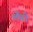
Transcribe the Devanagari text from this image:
र्लेंगो